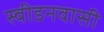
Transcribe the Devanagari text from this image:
स्वीडनवासी